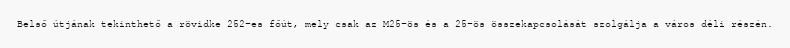
Belső útjának tekinthető a rövidke 252-es főút, mely csak az M25-ös és a 25-ös összekapcsolását szolgálja a város déli részén.